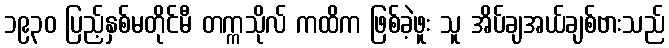
၁၉၃၀ ပြည့်နှစ်မတိုင်မီ တက္ကသိုလ် ကထိက ဖြစ်ခဲ့ဖူး သူ အိပ်ချအယ်ချစ်ဗားသည်